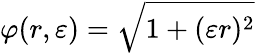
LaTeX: \varphi(r,\varepsilon)=\sqrt{1+(\varepsilon r)^{2}}